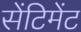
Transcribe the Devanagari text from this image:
सेंटिमेंट